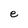
Character: e